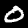
Label: 0